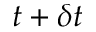
t + \delta t